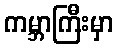
ကမ္ဘာကြီးမှာ